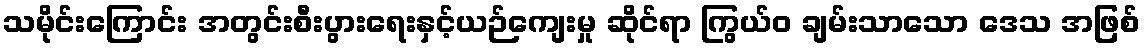
သမိုင်းကြောင်း အတွင်းစီးပွားရေးနှင့်ယဉ်ကျေးမှု ဆိုင်ရာ ကြွယ်ဝ ချမ်းသာသော ဒေသ အဖြစ်